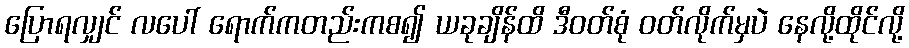
ပြောရလျှင် လပေါ် ရောက်ကတည်းကစ၍ ယခုချိန်ထိ ဒီဝတ်စုံ ဝတ်လိုက်မှပဲ နေလို့ထိုင်လို့